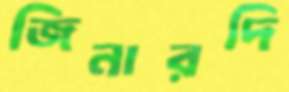
জিনারদি